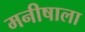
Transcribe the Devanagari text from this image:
मनीषाला